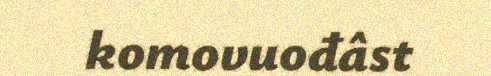
komovuođâst